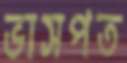
ভাসপত